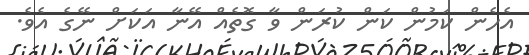
އެހެން ކަމުން ކަން ކުރަން ވާ ގޮތެއް އޭނާ އަކަށް ނޭގެ އެވެ.